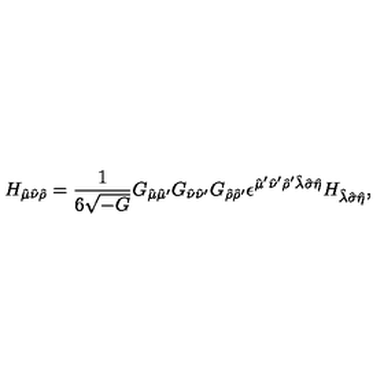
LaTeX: H _ { \hat { \mu } \hat { \nu } \hat { \rho } } = { \frac { 1 } { 6 \sqrt { - G } } } G _ { \hat { \mu } \hat { \mu } ^ { \prime } } G _ { \hat { \nu } \hat { \nu } ^ { \prime } } G _ { \hat { \rho } \hat { \rho } ^ { \prime } } \epsilon ^ { \hat { \mu } ^ { \prime } \hat { \nu } ^ { \prime } \hat { \rho } ^ { \prime } \hat { \lambda } \hat { \sigma } \hat { \eta } } H _ { \hat { \lambda } \hat { \sigma } \hat { \eta } } ,